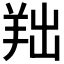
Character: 𦍦